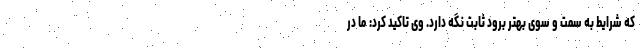
که شرایط به سمت و سوی بهتر برود ثابت نگه دارد. وی تاکید کرد: ما در